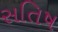
સતિષ